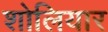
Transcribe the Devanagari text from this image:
शोलियार